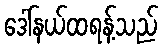
ဒေါ်နယ်ထရန့်သည်